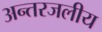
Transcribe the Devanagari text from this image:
अन्‍तरजलीय